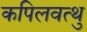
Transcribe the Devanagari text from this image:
कपिलवत्थु